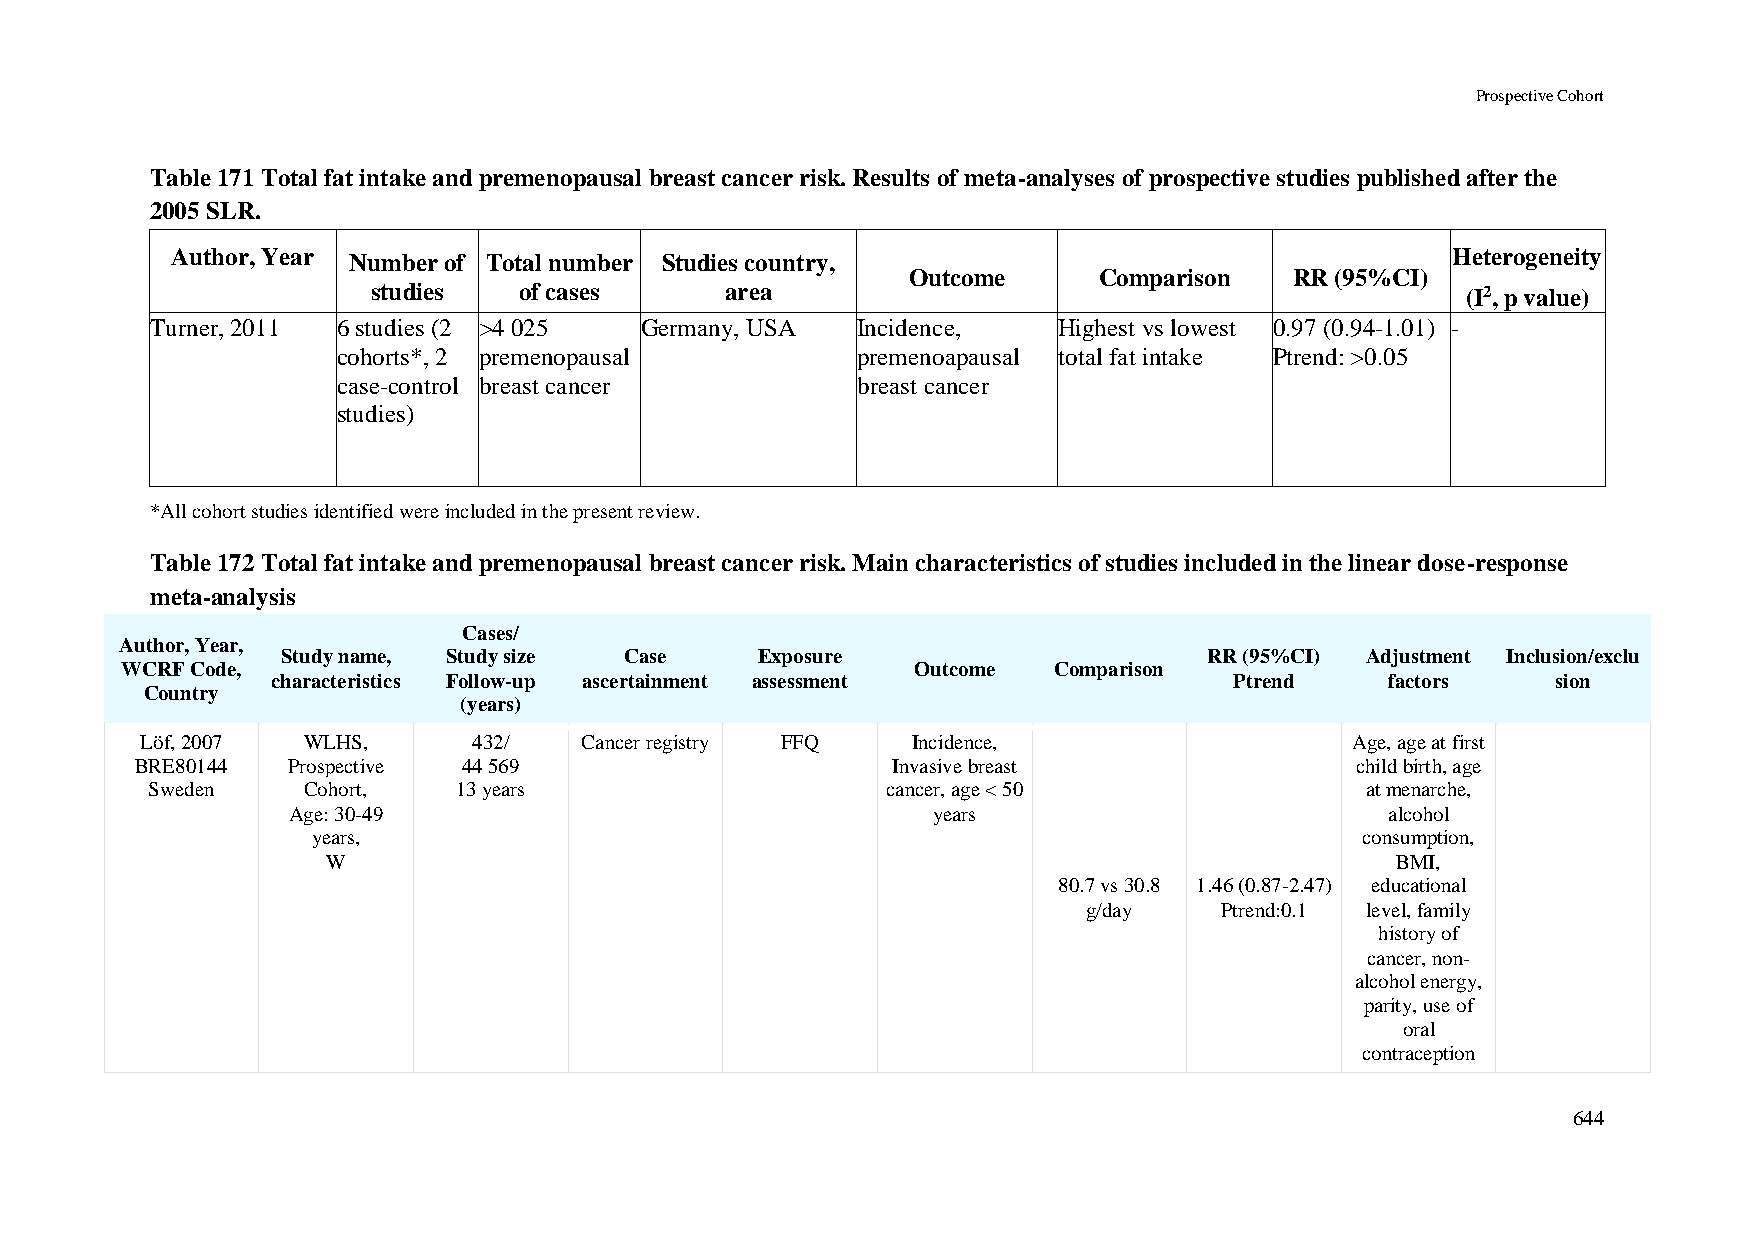
Prospective Cohort
 Table 171 Total fat intake and premenopausal breast cancer risk. Results of meta-analyses of prospective studies published after the
 2005 SLR.
 Author, Year Number of Total number Studies country,                                 Heterogeneity
 Outcome      Comparison   RR (95%CI)
 studies  of cases      area                                             (I2, p value)
 Turner, 2011 6 studies (2 >4 025 Germany, USA  Incidence,   Highest vs lowest 0.97 (0.94-1.01) -
 cohorts*, 2 premenopausal          premenoapausal total fat intake Ptrend: >0.05
 case-control breast cancer         breast cancer
 studies)
 *All cohort studies identified were included in the present review.
 Table 172 Total fat intake and premenopausal breast cancer risk. Main characteristics of studies included in the linear dose-response
 meta-analysis
 Cases/
 Author, Year,
 Study name, Study size Case    Exposure                      RR (95%CI) Adjustment Inclusion/exclu
 WCRF Code,                                           Outcome  Comparison
 characteristics Follow-up ascertainment assessment              Ptrend    factors    sion
 Country
 (years)
 Löf, 2007  WLHS,      432/   Cancer registry FFQ   Incidence,                    Age, age at first
 BRE80144  Prospective 44 569                      Invasive breast                child birth, age
 Sweden    Cohort,   13 years                     cancer, age < 50               at menarche,
 Age: 30-49                                 years                         alcohol
 years,                                                               consumption,
 W                                                                     BMI,
 80.7 vs 30.8 1.46 (0.87-2.47) educational
 g/day    Ptrend:0.1 level, family
 history of
 cancer, non-
 alcohol energy,
 parity, use of
 oral
 contraception
 644